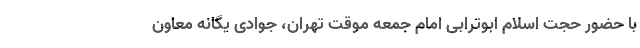
با حضور حجت اسلام ابوترابی امام جمعه موقت تهران، جوادی یگانه معاون